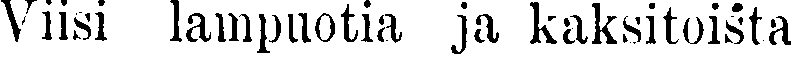
Viisi lampuotia ja kaksitoista